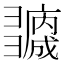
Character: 𢑻